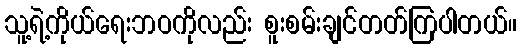
သူ့ရဲ့ကိုယ်ရေးဘဝကိုလည်း စူးစမ်းချင်တတ်ကြပါတယ်။